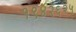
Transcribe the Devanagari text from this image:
१९४२६२५